Report on the lunatic asylums under the Government of Bombay - 1904-1913
Year: 1904
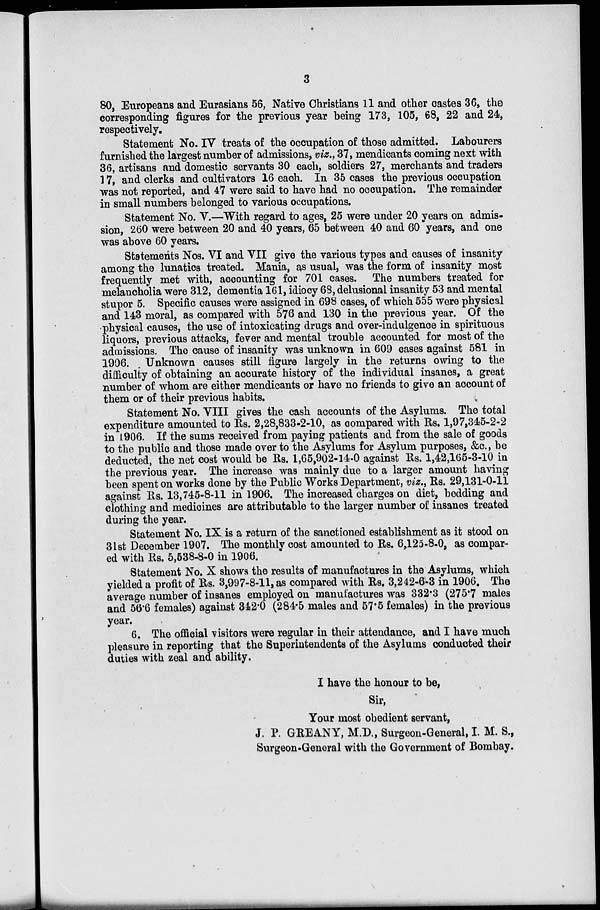
3
80, Europeans and Eurasians 56, Native Christians 11 and other castes 36, the
corresponding figures for the previous year being 173, 105, 68, 22 and 24,
respectively.
Statement No. IV treats of the occupation of those admitted. Labourers
furnished the largest number of admissions, viz., 37, mendicants coming next with
36, artisans and domestic servants 30 each, soldiers 27, merchants and traders
17, and clerks and cultivators 16 each. In 35 cases the previous occupation
was not reported, and 47 were said to have had no occupation. The remainder
in small numbers belonged to various occupations.
Statement No. V.—With regard to ages, 25 were under 20 years on admis-
sion, 260 were between 20 and 40 years, 65 between 40 and 60 years, and one
was above 60 years.
Statements Nos. VI and VII give the various types and causes of insanity
among the lunatics treated. Mania, as usual, was the form of insanity most
frequently met with, accounting for 701 cases. The numbers treated for
melancholia were 312, dementia 161, idiocy 68, delusional insanity 53 and mental
stupor 5. Specific causes were assigned in 698 cases, of which 555 were physical
and 143 moral, as compared with 576 and 130 in the previous year. Of the
physical causes, the use of intoxicating drugs and over-indulgence in spirituous
liquors, previous attacks, fever and mental trouble accounted for most of the
admissions. The cause of insanity was unknown in 609 cases against 581 in
1906. Unknown causes still figure largely in the returns owing to the
difficulty of obtaining an accurate history of the individual insanes, a great
number of whom are either mendicants or have no friends to give an account of
them or of their previous habits.
Statement No. VIII gives the cash accounts of the Asylums. The total
expenditure amounted to Rs. 2,28,833-2-10, as compared with Rs. 1,97,345-2-2
in 1906. If the sums received from paying patients and from the sale of goods
to the public and those made over to the Asylums for Asylum purposes, &c., be
deducted, the net cost would be Rs. 1,65,902-14-0 against Rs. 1,42,165-3-10 in
the previous year. The increase was mainly due to a larger amount having
been spent on works done by the Public Works Department, viz., Rs. 29,131-0-11
against Rs. 13,745-8-11 in 1906. The increased charges on diet, bedding and
clothing and medicines are attributable to the larger number of insanes treated
during the year.
Statement No. IX is a return of the sanctioned establishment as it stood on
31st December 1907. The monthly cost amounted to Rs. 6,125-8-0, as compar-
ed with Rs. 5,538-8-0 in 1906.
Statement No. X shows the results of manufactures in the Asylums, which
yielded a profit of Rs. 3,997-8-11, as compared with Rs. 3,242-6-3 in 1906. The
average number of insanes employed on manufactures was 332.3 (275.7 males
and 56.6 females) against 342.0 (284.5 males and 57.5 females) in the previous
year.
6. The official visitors were regular in their attendance, and I have much
pleasure in reporting that the Superintendents of the Asylums conducted their
duties with zeal and ability.
I have the honour to be,
Sir,
Your most obedient servant,
J. P. GREANY, M.D., Surgeon-General, I. M. S.,
Surgeon-General with the Government of Bombay.